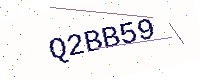
Text: Q2BB59